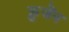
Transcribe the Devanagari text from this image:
क्रुजेंन